Leprosy in India: report of the Leprosy Commission in India, 1890-91
Year: 1890
Disease focus: Leprosy
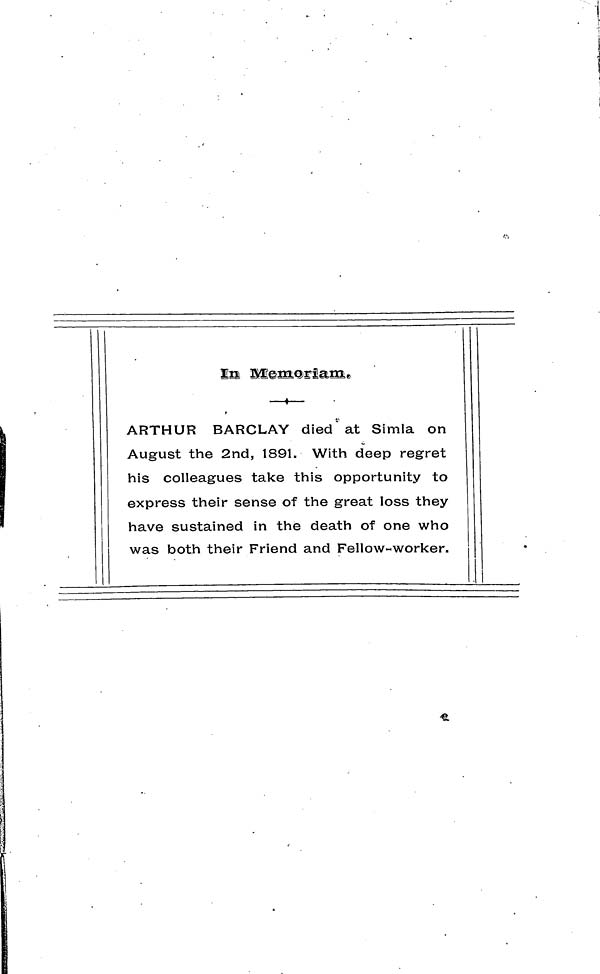
In
Memoriam
ARTHUR BARCLAY died at Simla on
August the 2nd, 1891. With deep regret
his colleagues take this opportunity to
express their sense of the great loss they
have sustained in the death of one who
was both their Friend and Fellow-worker.